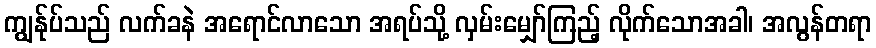
ကျွန်ုပ်သည် လက်ခနဲ အရောင်လာသော အရပ်သို့ လှမ်းမျှော်ကြည့် လိုက်သောအခါ၊ အလွန်တရာ